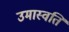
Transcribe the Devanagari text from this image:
उमास्वति